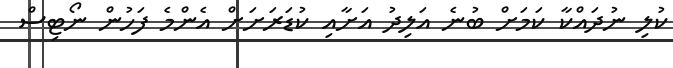
ކުލި ނުދައްކާ ކަމަށް ބުނެ އަލިދު އަށާއި ކުޑަރަށަށް އެންމެ ފަހުން ނޯޓިސް